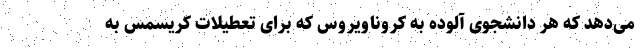
می‌دهد که هر دانشجوی آلوده به کروناویروس که برای تعطیلات کریسمس به